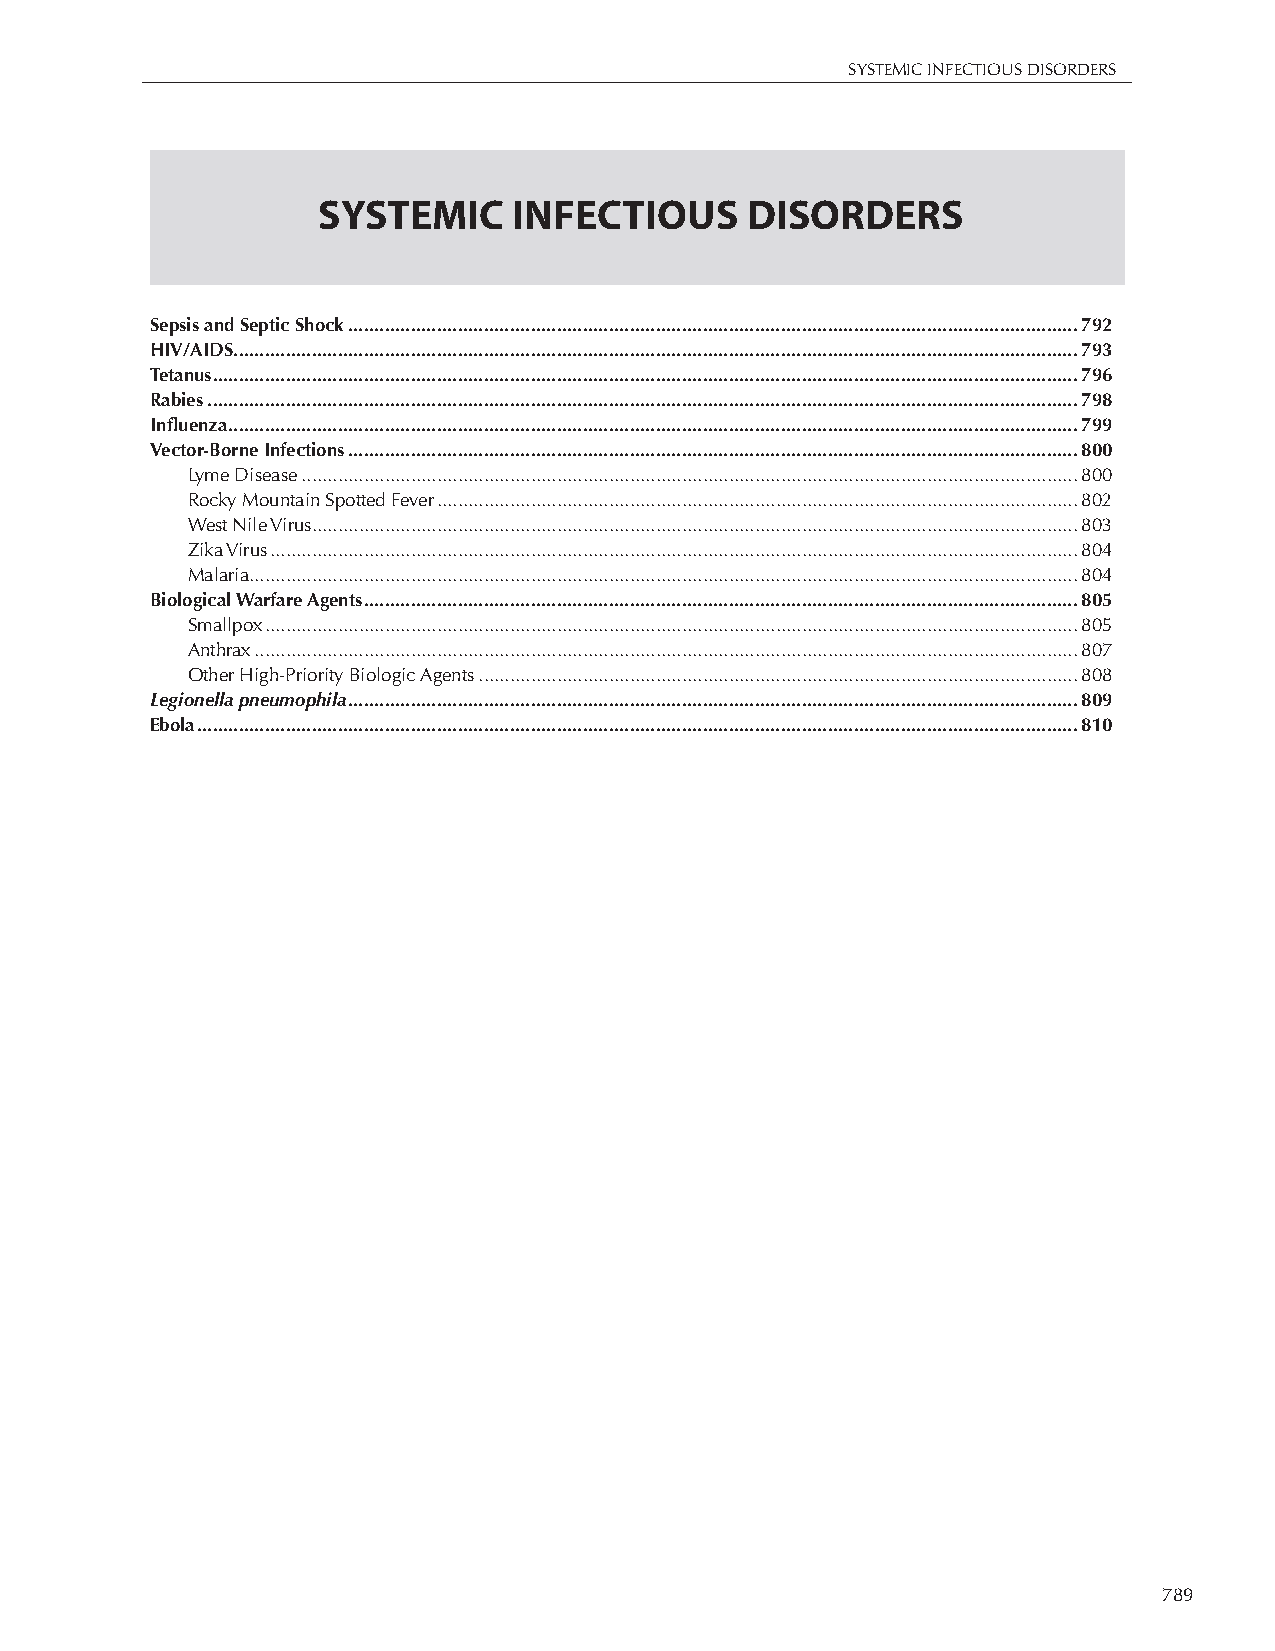
SYSTEMIC INFECTIOUS DISORDERS
 SYSTEMIC     INFECTIOUS     DISORDERS
 Sepsis and Septic Shock ............................................................................................................................................792
 HIV/AIDS ..................................................................................................................................................................793
 Tetanus ......................................................................................................................................................................796
 Rabies .......................................................................................................................................................................798
 Influenza ...................................................................................................................................................................799
 Vector-Borne Infections ............................................................................................................................................800
 Lyme Disease .....................................................................................................................................................800
 Rocky Mountain Spotted Fever ...........................................................................................................................802
 West Nile Virus ...................................................................................................................................................803
 Zika Virus ...........................................................................................................................................................804
 Malaria ...............................................................................................................................................................804
 Biological Warfare Agents .........................................................................................................................................805
 Smallpox ............................................................................................................................................................805
 Anthrax ..............................................................................................................................................................807
 Other High-Priority Biologic Agents ...................................................................................................................808
 Legionella pneumophila ............................................................................................................................................809
 Ebola .........................................................................................................................................................................810
 789